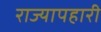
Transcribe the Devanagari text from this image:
राज्यापहारी